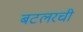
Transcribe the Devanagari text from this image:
बटलरची